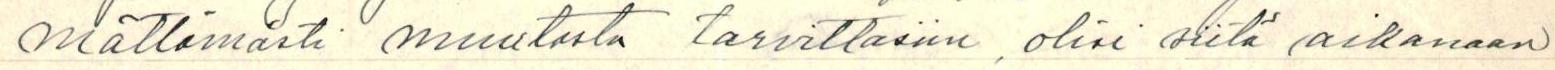
mättömästi muutosta tarvittaisiin, olisi siitä aikanaan